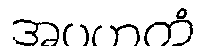
အပဟတံ